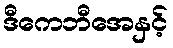
ဒီကေဘီအေနှင့်